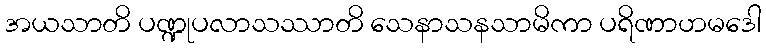
အယသာတိ ပဏ္ဍုပလာသဿာတိ သေနာသနသာမိကာ ပရိဏာဟမဒေါ